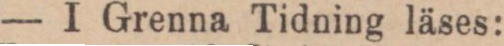
— I Grenna Tidning läses: